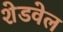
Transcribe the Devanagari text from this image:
शेडवेल